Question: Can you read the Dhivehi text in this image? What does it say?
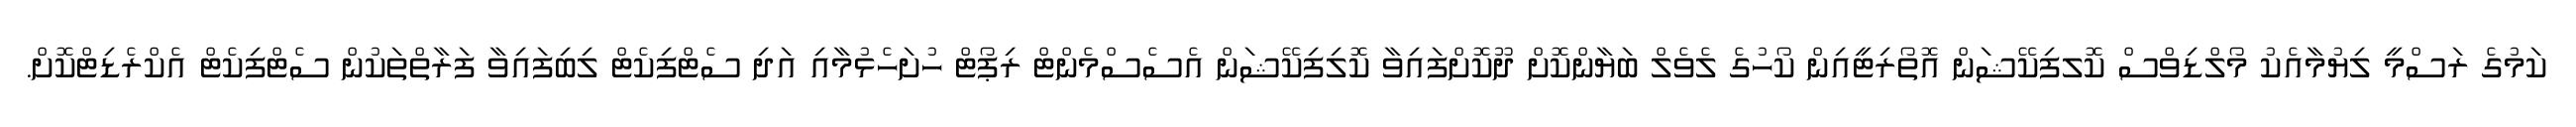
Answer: ކަމުގެ ރަސްމީ ލިޔުމާއެކު މޯލްޑިވްސް ކޮލފިކޭޝަން އޮތޯރިޓީއިން ކޯހުގެ ލެވެލް ބަޔާންކޮށް ދޫކޮށްފައިވާ ކޮލިފިކޭޝަން އެސެސްމެންޓް ރިޕޯޓް ހުށަހެޅުމާއި އަދި ސެޓްފިކެޓް ލިބިފައިވާ ފަރާތްތަކުން ސެޓްފިކެޓް އެކްރެޑިޓްކޮށް.